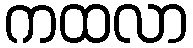
ကထလာ